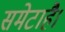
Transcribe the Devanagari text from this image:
समेटाहै।